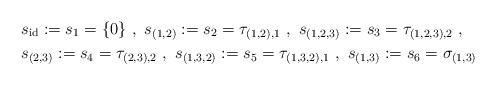
LaTeX: \begin{align*}&s_{\mathrm{id}}:=s_1=\{0\}\ ,\ s_{(1,2)}:=s_2=\tau_{(1,2),1}\ ,\ s_{(1,2,3)}:=s_3=\tau_{(1,2,3),2}\ ,\\&s_{(2,3)}:=s_4=\tau_{(2,3),2}\ ,\ s_{(1,3,2)}:=s_5=\tau_{(1,3,2),1}\ ,\ s_{(1,3)}:=s_6=\sigma_{(1,3)}\end{align*}